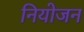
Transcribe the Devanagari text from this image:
नियोजन